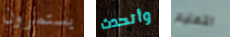
يستمرون وأتحدث التعليم